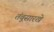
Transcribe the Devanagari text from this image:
तंबूसारखे